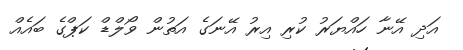
އަދި އޭނާ ހައްޔަރު ކުރި އިރު އޭނަގެ އަތުން ވޯލްޑް ކަޕްގެ ބައެއް